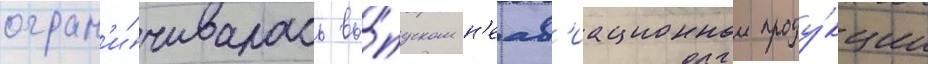
огран'и́чивалась вы́пуском н'еав'иационнои проду́кции